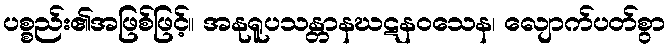
ပစ္စည်း၏အဖြစ်ဖြင့်။ အနုရူပသန္တာနဃဋနဝသေန၊ လျောက်ပတ်စွာ